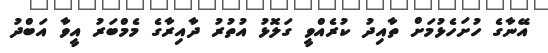
އޭނާގެ ހުށަހެޅުމަށް ތާއިދު ކުރެއްވީ ގަލޮޅު އުތުރު ދާއިރާގެ މެމްބަރު އީވާ އަބްދު